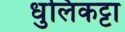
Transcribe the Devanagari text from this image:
धुलिकट्टा